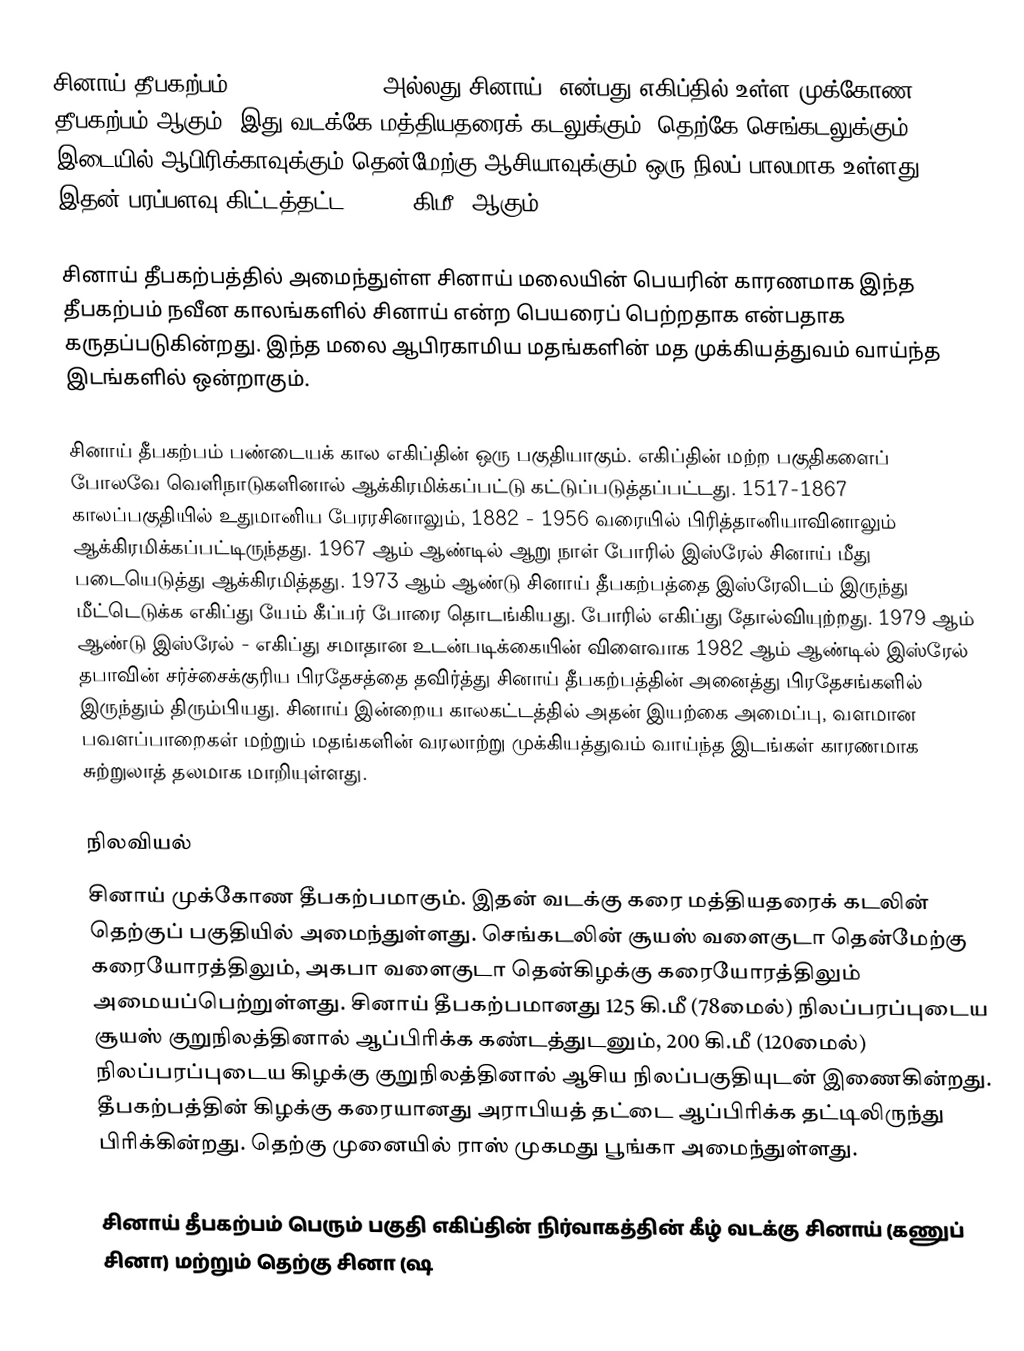
சினாய் தீபகற்பம் (Sinai Peninsula அல்லது சினாய்) என்பது எகிப்தில் உள்ள முக்கோண தீபகற்பம் ஆகும். இது வடக்கே மத்தியதரைக் கடலுக்கும், தெற்கே செங்கடலுக்கும் இடையில் ஆபிரிக்காவுக்கும் தென்மேற்கு ஆசியாவுக்கும் ஒரு நிலப் பாலமாக உள்ளது. இதன் பரப்பளவு கிட்டத்தட்ட 60,000 கிமீ² ஆகும்.

சினாய் தீபகற்பத்தில் அமைந்துள்ள சினாய் மலையின் பெயரின் காரணமாக இந்த தீபகற்பம் நவீன காலங்களில் சினாய் என்ற பெயரைப் பெற்றதாக என்பதாக கருதப்படுகின்றது. இந்த மலை ஆபிரகாமிய மதங்களின் மத முக்கியத்துவம் வாய்ந்த இடங்களில் ஒன்றாகும்.

சினாய் தீபகற்பம் பண்டையக் கால எகிப்தின் ஒரு பகுதியாகும். எகிப்தின் மற்ற பகுதிகளைப் போலவே வெளிநாடுகளினால் ஆக்கிரமிக்கப்பட்டு கட்டுப்படுத்தப்பட்டது. 1517-1867 காலப்பகுதியில் உதுமானிய பேரரசினாலும், 1882 - 1956 வரையில் பிரித்தானியாவினாலும் ஆக்கிரமிக்கப்பட்டிருந்தது. 1967 ஆம் ஆண்டில் ஆறு நாள் போரில் இஸ்ரேல் சினாய் மீது படையெடுத்து ஆக்கிரமித்தது. 1973 ஆம் ஆண்டு சினாய் தீபகற்பத்தை இஸ்ரேலிடம் இருந்து மீட்டெடுக்க எகிப்து யேம் கீப்பர் போரை தொடங்கியது. போரில் எகிப்து தோல்வியுற்றது. 1979 ஆம் ஆண்டு இஸ்ரேல் - எகிப்து சமாதான உடன்படிக்கையின் விளைவாக 1982 ஆம் ஆண்டில் இஸ்ரேல் தபாவின் சர்ச்சைக்குரிய பிரதேசத்தை தவிர்த்து சினாய் தீபகற்பத்தின் அனைத்து பிரதேசங்களில் இருந்தும் திரும்பியது. சினாய் இன்றைய காலகட்டத்தில்  அதன் இயற்கை அமைப்பு, வளமான பவளப்பாறைகள் மற்றும் மதங்களின் வரலாற்று முக்கியத்துவம் வாய்ந்த இடங்கள் காரணமாக சுற்றுலாத் தலமாக மாறியுள்ளது.

நிலவியல்
சினாய் முக்கோண தீபகற்பமாகும். இதன் வடக்கு கரை மத்தியதரைக் கடலின் தெற்குப் பகுதியில் அமைந்துள்ளது. செங்கடலின் சூயஸ் வளைகுடா தென்மேற்கு கரையோரத்திலும், அகபா வளைகுடா தென்கிழக்கு கரையோரத்திலும் அமையப்பெற்றுள்ளது. சினாய் தீபகற்பமானது 125 கி.மீ (78மைல்) நிலப்பரப்புடைய சூயஸ் குறுநிலத்தினால் ஆப்பிரிக்க கண்டத்துடனும், 200 கி.மீ (120மைல்) நிலப்பரப்புடைய கிழக்கு குறுநிலத்தினால் ஆசிய நிலப்பகுதியுடன் இணைகின்றது. தீபகற்பத்தின் கிழக்கு கரையானது அராபியத் தட்டை ஆப்பிரிக்க தட்டிலிருந்து பிரிக்கின்றது. தெற்கு முனையில் ராஸ் முகமது பூங்கா அமைந்துள்ளது.

சினாய் தீபகற்பம் பெரும் பகுதி எகிப்தின் நிர்வாகத்தின் கீழ் வடக்கு சினாய் (கணுப் சினா) மற்றும் தெற்கு சினா (ஷ